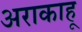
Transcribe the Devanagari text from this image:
अराकाहू